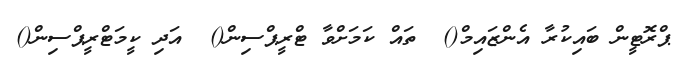
ޕްރޮޓީން ބައިކުރާ އެންޒައިމް()  ތައް ކަމަށްވާ ޓްރީޕްސިން()  އަދި ކީމަޓްރީޕްސިން()